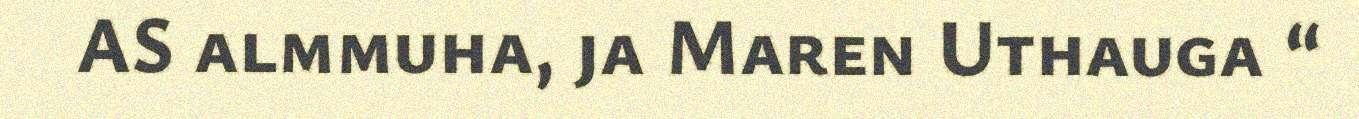
AS almmuha, ja Maren Uthauga “